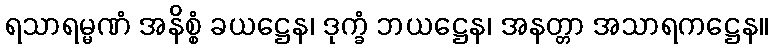
ရသာရမ္မဏံ အနိစ္စံ ခယဋ္ဌေန၊ ဒုက္ခံ ဘယဋ္ဌေန၊ အနတ္တာ အသာရကဋ္ဌေန။